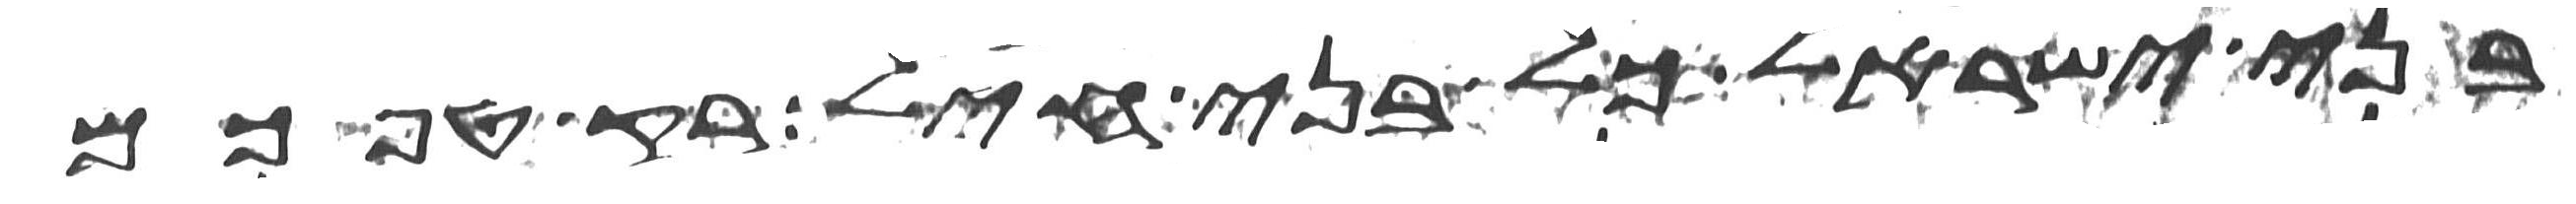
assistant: בני ישראל כל בני חיל רק טפכם